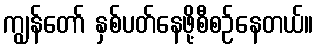
ကျွန်တော် နှစ်ပတ်နေဖို့စီစဉ်နေတယ်။